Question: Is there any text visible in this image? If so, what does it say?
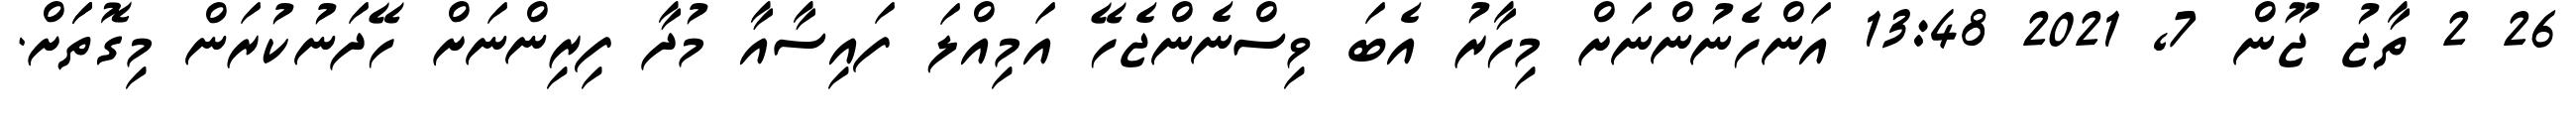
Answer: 26 2 ތާޖު ޖޫން 7, 2021 13:48 އަންހެނުންނަށް މިހާރު އެބަ ވިސްނެންޖެހޭ އަމިއްލަ ފައިސާއާ މުދާ ފިރިންނަށް ހޭދަނުކުރަން މިގޮތަަށް.